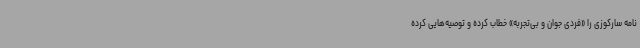
نامه سارکوزی را «فردی جوان و بی‌تجربه» خطاب کرده و توصیه‌هایی کرده